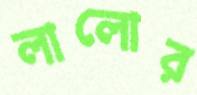
লালোর